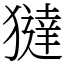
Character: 㺚